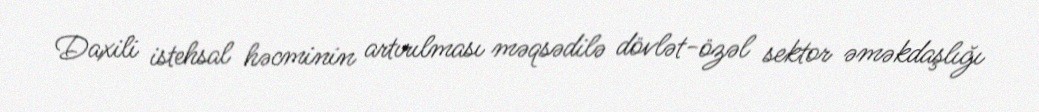
Daxili istehsal həcminin artırılması məqsədilə dövlət-özəl sektor əməkdaşlığı